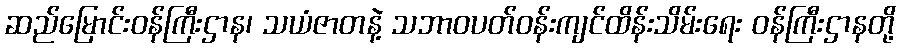
ဆည်မြောင်းဝန်ကြီးဌာန၊ သယံဇာတနဲ့ သဘာဝပတ်ဝန်းကျင်ထိန်းသိမ်းရေး ဝန်ကြီးဌာနတို့